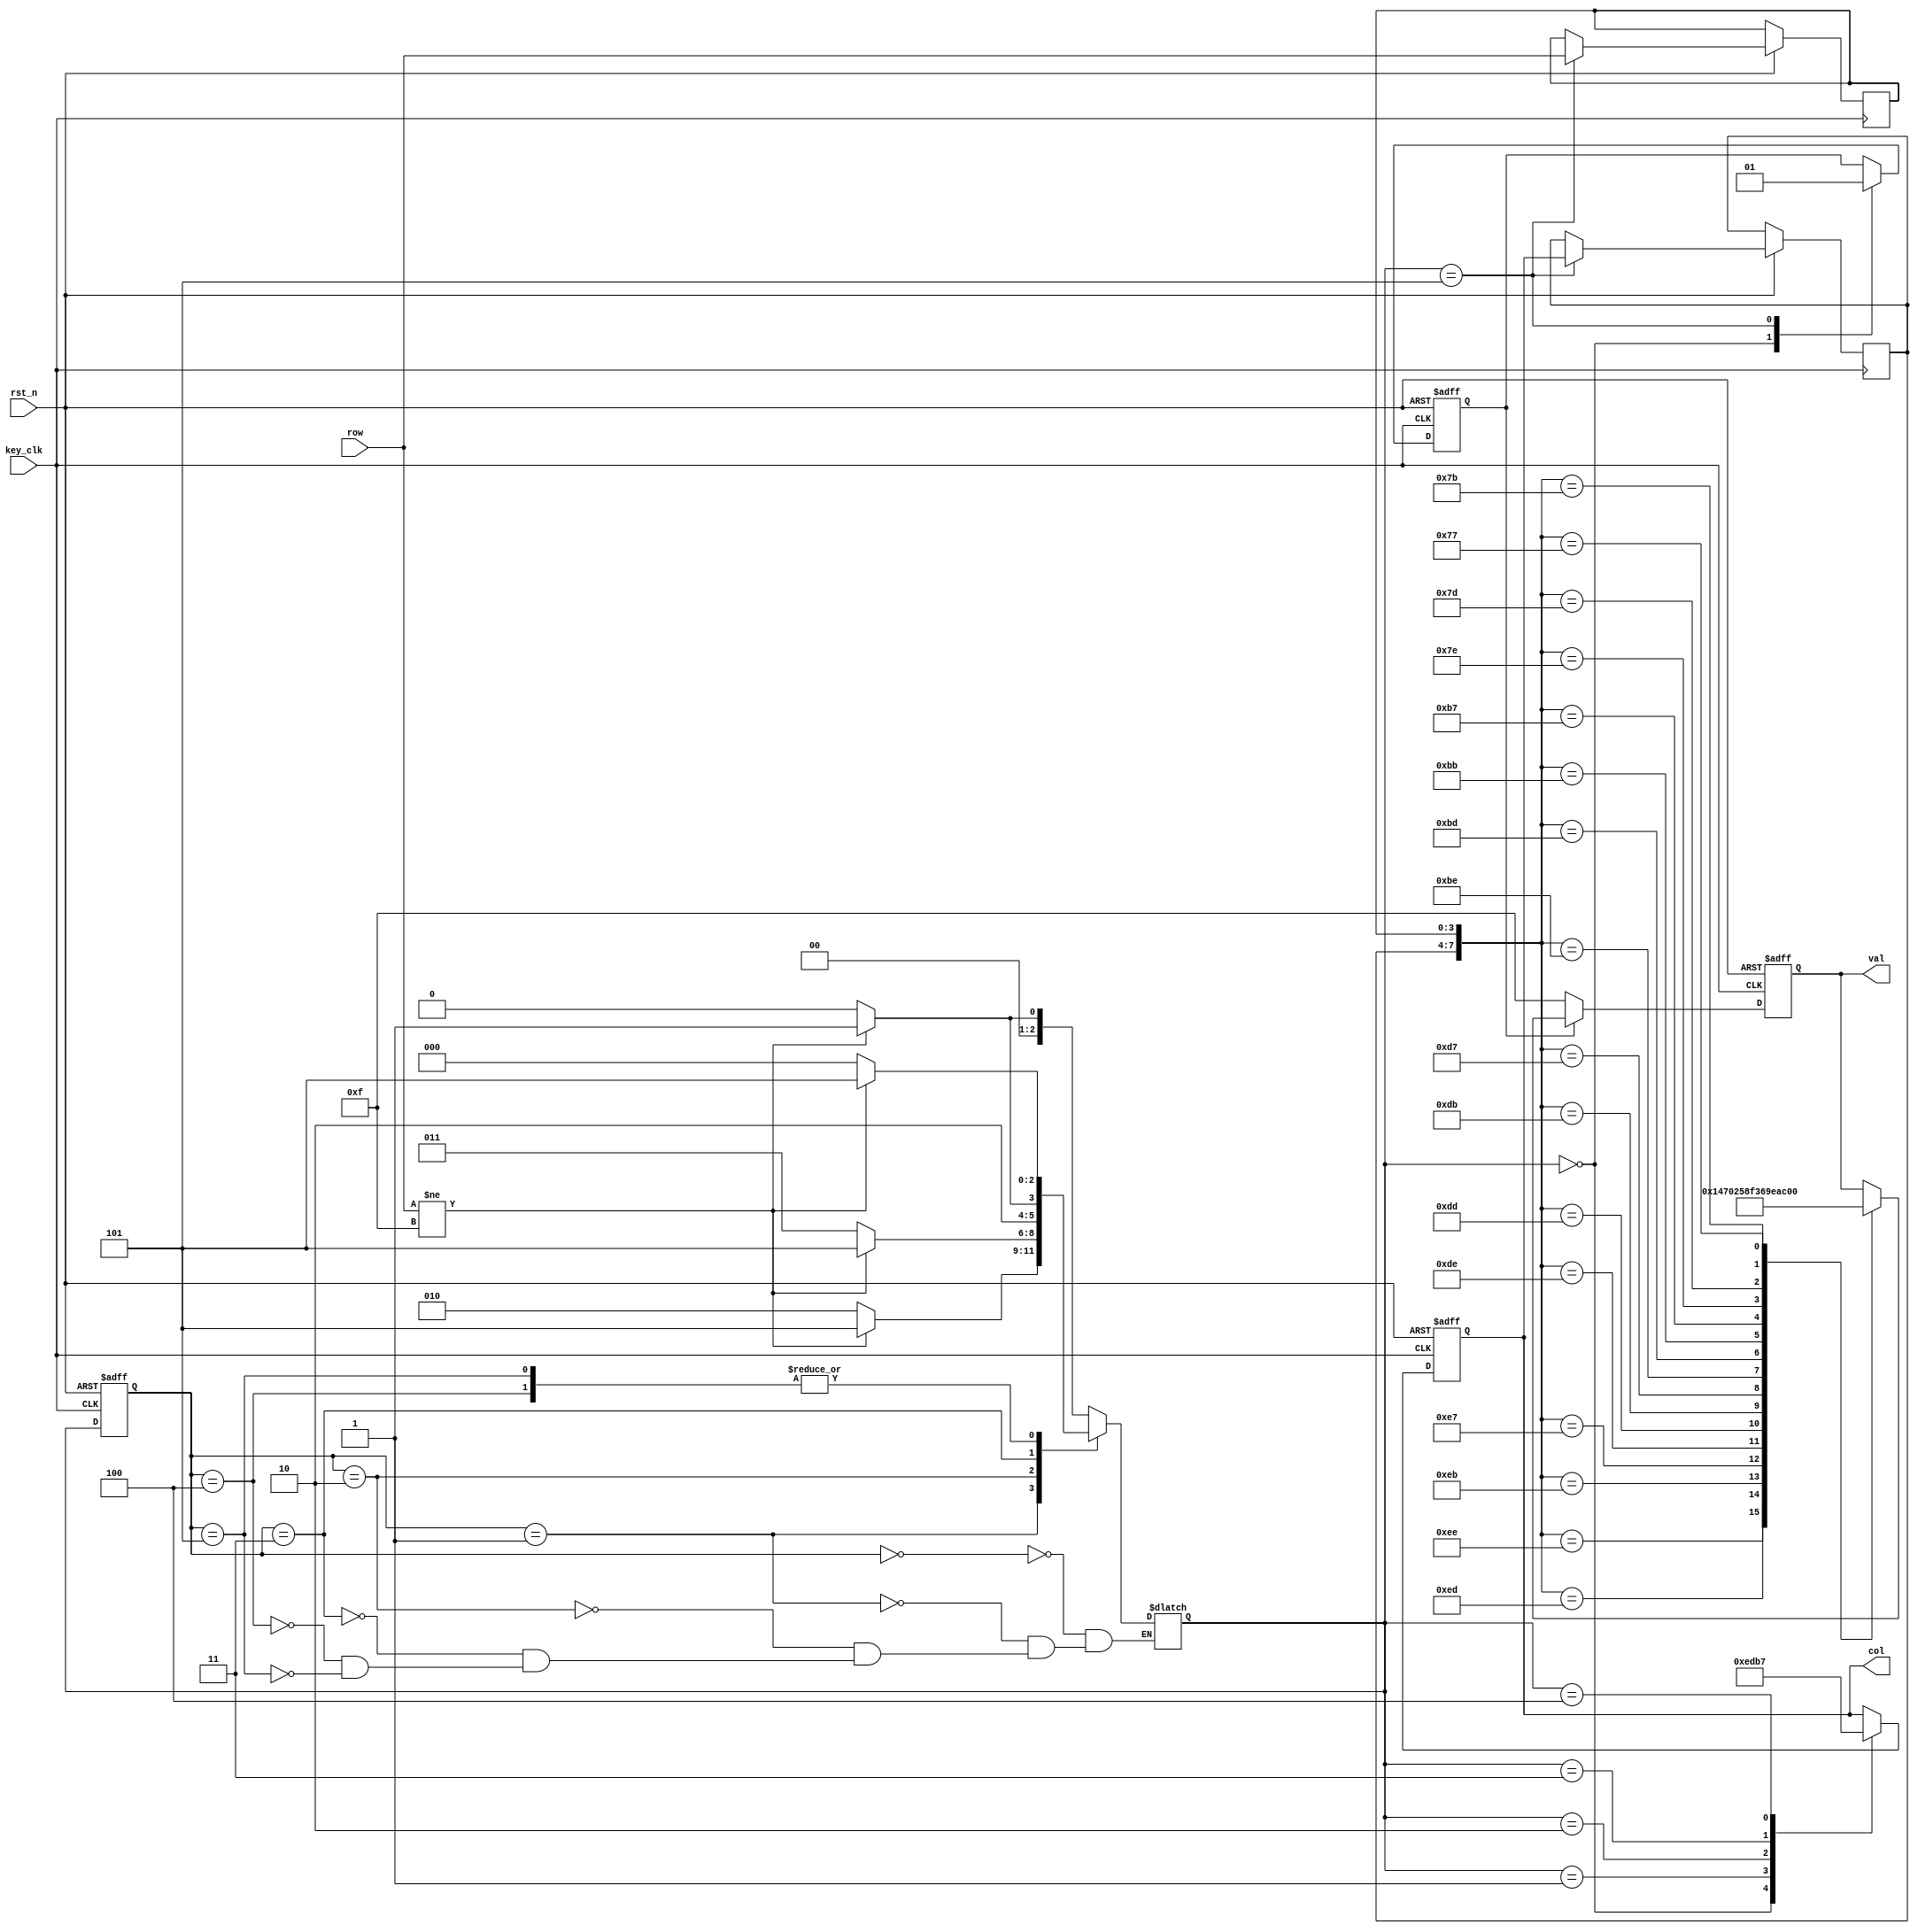
`timescale 1ns / 1ps
//////////////////////////////////////////////////////////////////////////////////
// Company: 
// Engineer: 
// 
// Design Name: 
// Module Name: keyboard
// Project Name: 
// Target Devices: 
// Tool Versions: 
// Description: 
// 
// Dependencies: 
// 
// Revision:
// Revision 0.01 - File Created
// Additional Comments:
// 
//////////////////////////////////////////////////////////////////////////////////


module keyboard(key_clk,rst_n,row,col,val); 

input  key_clk;        // 
input  rst_n;          // 
input  [3:0] row;       // 
output reg [3:0] col;        // 
output reg [3:0] val; 

 parameter NO_KEY_PRESSED=3'b000;// 
 parameter SCAN_COL0     =3'b001;// 0  
 parameter SCAN_COL1     =3'b010;// 1  
 parameter SCAN_COL2     =3'b011;// 2  
 parameter SCAN_COL3     =3'b100;// 3  
 parameter KEY_PRESSED   =3'b101;// 
// parameter CHECK_1       =3'b110;//
// parameter CHECK_2       =3'b111;//
 
 reg [ 2: 0 ] current_state, next_state;  // 
 reg key_pressed_flag;


 always @( posedge key_clk or negedge rst_n ) 
  if(!rst_n) 
   current_state <= NO_KEY_PRESSED; 
  else  
   current_state <= next_state; 

 always @ (*)   // 
 begin
 case (current_state) 
    NO_KEY_PRESSED:      //                          
        if( row!=4'hf ) //
            next_state = SCAN_COL0;
        else
            next_state=NO_KEY_PRESSED;       
    SCAN_COL0:           // 0  
        if( row!=4'hf ) 
            next_state=KEY_PRESSED; 
        else 
            next_state=SCAN_COL1;
    SCAN_COL1:          // 1  
        if( row!=4'hf ) 
            next_state=KEY_PRESSED; 
        else  
            next_state=SCAN_COL2; 
    SCAN_COL2:         // 2  
        if( row!=4'hf ) 
            next_state=KEY_PRESSED; 
        else  
            next_state=SCAN_COL3;
    SCAN_COL3:        // 3  
        if( row!=4'hf ) 
            next_state=KEY_PRESSED; 
        else  
            next_state=NO_KEY_PRESSED; 
    KEY_PRESSED:    // 
        if( row!=4'hf )
            next_state = KEY_PRESSED;
        else
            next_state=NO_KEY_PRESSED;
endcase 
end
 

reg [3:0]col_val;   // 
reg [3:0]row_val;   //  
// 
always @(posedge key_clk or negedge rst_n) 
begin
    if(!rst_n)       // 
    begin 
        col <= 4'h0; 
        key_pressed_flag <= 0; 
    end 
    else
    begin 
    case (next_state) 
        NO_KEY_PRESSED: 
        begin 
            col <= 4'h0; 
            key_pressed_flag <= 0; 
        end 
        SCAN_COL0:       // 0  
            col <= 4'b1110; 
        SCAN_COL1:       // 1  
            col <= 4'b1101; 
        SCAN_COL2:       // 2  
            col <= 4'b1011; 
        SCAN_COL3:        // 3  
            col <= 4'b0111; 
        KEY_PRESSED:   // 
        begin 
        col_val <= col; //  
        row_val <= row; //  
        key_pressed_flag <= 1;    //  
        end
    endcase  
    end
end

//  
always @(posedge key_clk or negedge rst_n) 
begin
if(!rst_n) 
    val <= 15;
else 
    if( key_pressed_flag ) 
    case({col_val,row_val}) 
        8'b1110_1110:val<=1;
        8'b1110_1101:val<=4;
        8'b1110_1011:val<=7;
        8'b1110_0111:val<=0;    

        8'b1101_1110:val<=2;
        8'b1101_1101:val<=5;
        8'b1101_1011:val<=8;
        8'b1101_0111:val<=15; 

        8'b1011_1110:val<=3;
        8'b1011_1101:val<=6;
        8'b1011_1011:val<=9;
        8'b1011_0111:val<=14; 

        8'b0111_1110:val<=10;
        8'b0111_1101:val<=11;
        8'b0111_1011:val<=12;
        8'b0111_0111:val<=13; 
    endcase
    else
        val <= 15;
end

//always@ (val ) key_board_val = val;
//reg [1:0] flag;
//always@ ( posedge key_clk )
//begin
//    flag <= {flag[0],val};
//    if( flag[0] != flag[1] )
//        key_board_val <= flag[1];
//    else
//        key_board_val <= 15;
//end

endmodule